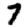
Digit: 7